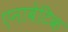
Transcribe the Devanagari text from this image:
एनाबेटिक